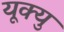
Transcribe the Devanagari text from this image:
यूक्यु